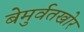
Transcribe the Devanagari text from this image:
बेमुर्वतखोर